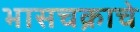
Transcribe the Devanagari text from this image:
भासचक्राचे